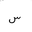
Letter: _sin